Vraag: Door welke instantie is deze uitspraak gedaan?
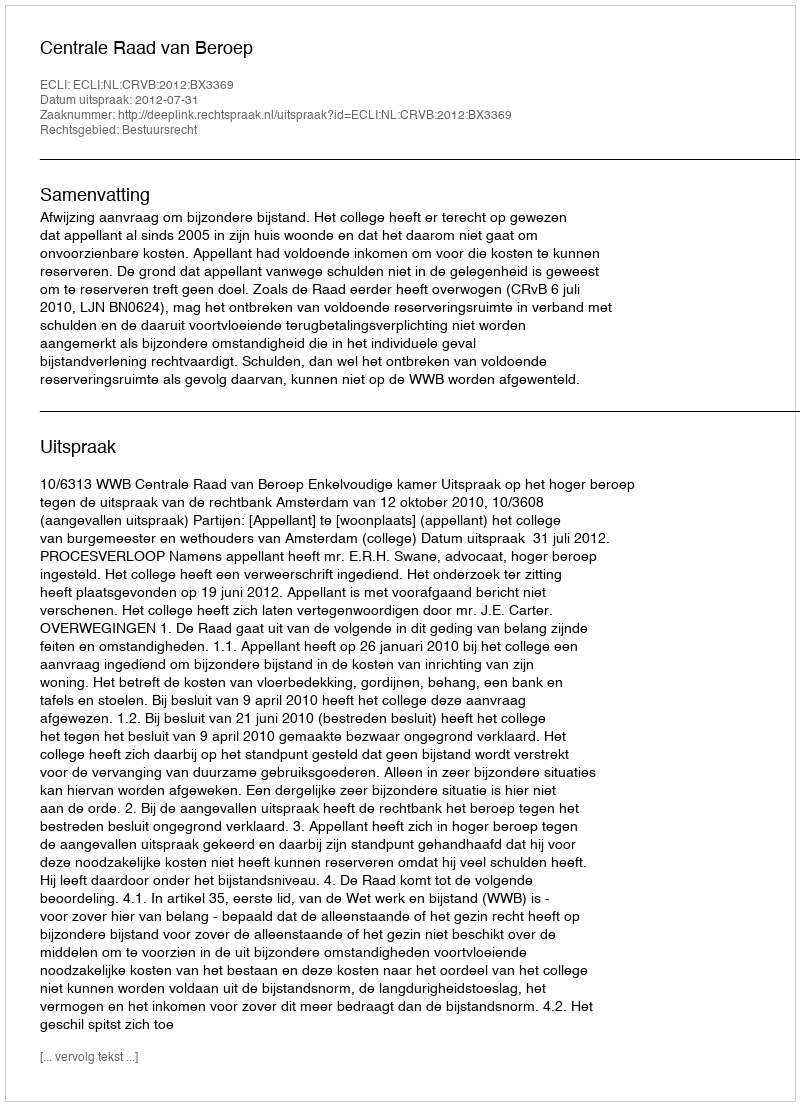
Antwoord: Centrale Raad van Beroep